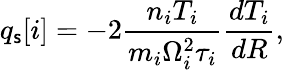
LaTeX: q_{\mathsf{s}}[i]=-2\frac{{n_{i}T_{i}}}{{m_{i}\Omega_{i}^{2}\tau_{i}}}\frac{{dT_{i}}}{{dR}},